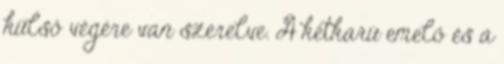
külső végére van szerelve. A kétkarú emelő és a